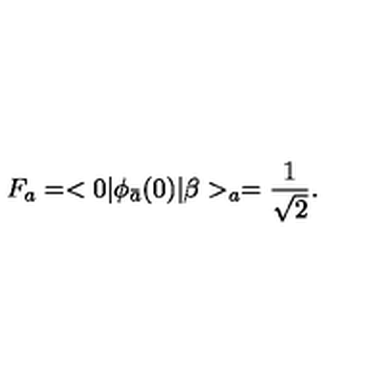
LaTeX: F _ { a } = < 0 | \phi _ { \bar { a } } ( 0 ) | \beta > _ { a } = \frac { 1 } { \sqrt { 2 } } .